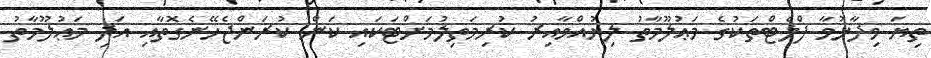
ތިޔަ ވިދާޅުވާ ފްލެޓްތަކުގެ މަޢުލޫމާތު ލިޔުއްވާއިރު ކުރިމަތިލުމަށްޓަކައި ކަން ކުރަންޖެހޭނެގޮތާއި އަދި މަޢުލޫމާތު